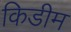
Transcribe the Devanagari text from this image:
किडीम